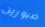
صبورين